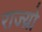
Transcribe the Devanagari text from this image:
राज्य़ो